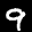
Label: 9